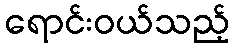
ရောင်းဝယ်သည့်